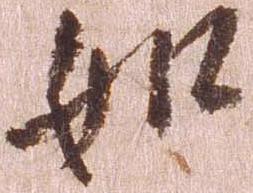
如